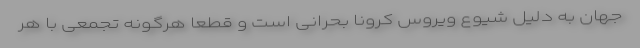
جهان به دلیل شیوع ویروس کرونا بحرانی است و قطعا هرگونه تجمعی با هر